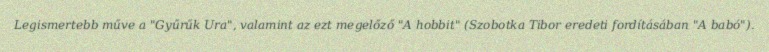
Legismertebb műve a "Gyűrűk Ura", valamint az ezt megelőző "A hobbit" (Szobotka Tibor eredeti fordításában "A babó").